Annual report on the health of the army in India
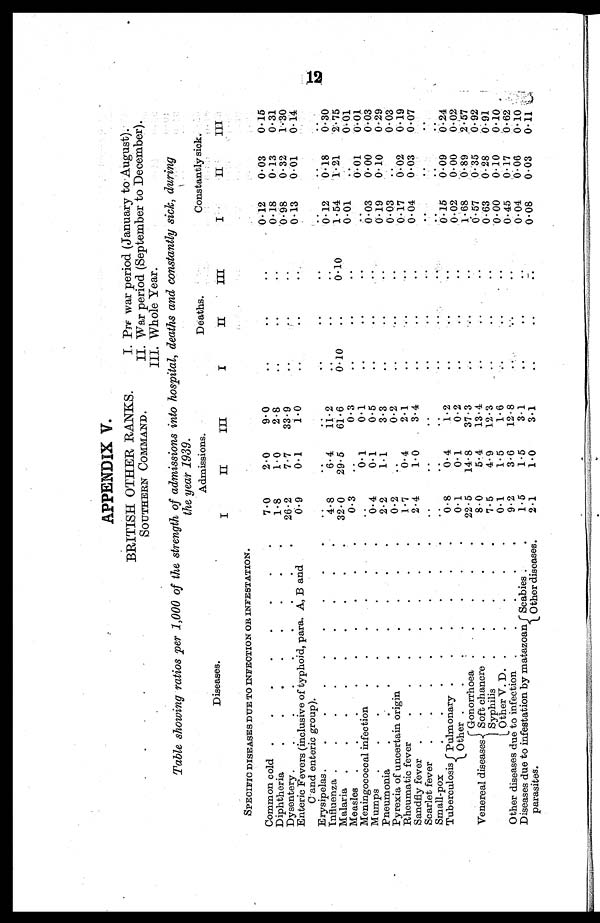
APPENDIX V.
BRITISH OTHER RANKS.
SOUTHERN COMMAND.
I.
Pre war period (January to August).
II.
War period (September to December).
III. Whole Year.
Table showing ratios per 1,000 of the strength of admissions into hospital, deaths and constantly sick, during
the year 1939.
Diseases.
Admissions.
Deaths.
Constantly sick.
I
II
III
I
II
III
I
II
III
SPECIFIC DISEASES DUE TO INFECTION OR INFESTATION.
Common cold .
.
.
.
.
.
.
.
7.0
2.0
9.0
. .
. .
. .
0.12
0.03
0.15
Diphtheria
.
.
. .
1.8
1.0
2.8
. .
. .
. .
0.18
0.13
0.31
Dysentery .
.
.
.
.
.
.
.
.
26.2
7.7
33.9
. .
. .
. .
0 . 9 8 0.32
1.30
Enteric Fevers (inclusive of typhoid, para. A, B and
C and enteric group).
0.9
0.1
1.0
..
. .
. .
0.13
0.01
0.14
Erysipelas .
.
.
.
.
.
.
.
.
. .
. .
..
. .
. .
. .
0.18
..
Influenza .
.
.
.
.
.
.
.
4.8
6.4
11.2
. .
. .
...
0.12
..
0 . 3 0
Malaria.
.
.
.
.
.
.
32.0
29.5
61.6
0.10
..
0.10
1.54
1.21
2.75
Measles .
.
.
.
.
.
. . .
0.3
..
0.3
..
. .
..
0.01
..
0.01
Meningococcal infection
.
.
.
.
. .
..
0.1
0.1
..
..
..
..
0.01
0.01
Mumps .
.
.
.
.
.
. . .
0.4
0.1
0.5
..
.. .. ..
0.00
0.03
Pneumonia
.
.
.
.
.
.
. .
2.2
1.1
3.3
..
..
..
0 . 1 9 0.10
0.29
Pyrexia of uncertain origin
0.2
..
0.2
..
..
..
0.03
..
0.03
Rheumatic fever
.
.
.
.
.
. .
1.7
0.4
2.1
..
..
0.17
0.02
0.19
Sandfly fever .
.
.
.
.
.
.
.
2.4
1.0
3.4
.. .. ..
0.01
0.03
0.07
Scarlet fever
..
..
..
..
..
..
.. ..
Small-pox
..
..
..
..
.. .. ..
..
..
Tuberculosis Pulmonary .
.
.
.
. .
0.8
0.4
1.2
0.15
0.09
0.24
Other .
.
.
.
.
.
.
0.1
0.1
0.2
..
.. ..
0.02
0.00
0.02
Venereal diseases
Gonorrhoea :
.
.
.
.
22.5
14.8
37.3
. .
..
..
1.68
0.89
2.57
Soft chancre .
.
.
.
.
8.0
5 . 4
13.4
.. .. ..
0.57
0.35
0.92
Syphilis
7.5
4.9
1 2 . 3
..
..
..
0.63
0.28
0.91
Other V. D. .
.
.
.
.
0.1
1.5
1.6
..
..
..
0.00
0.10
0.10
Other diseases due to infection.
.
.
.
9.2
3.6
12.8
.
..
...
..
0.45
0.17
0.62
Diseases due to infestation by matazoan
parasites.
Scabies .
.
1.5
1.5
3.1
..
..
..
0.04
0.06
0.10
Other diseases.
2.1
1.0
3.1
..
..
..
0.08
0.03
0.11
12